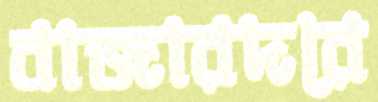
বাজারদরে